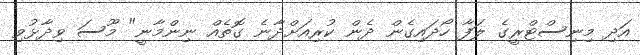
އަދި މިނިސްޓްރީގެ ލަފާ ހޯދައިގެން ދެން ކުރިއަށްދާނެ ގޮތެއް ނިންމާނީ" މޫސަ ވިދާޅުވި